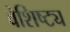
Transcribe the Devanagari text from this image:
वेशिष्ट्य